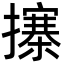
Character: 㩟